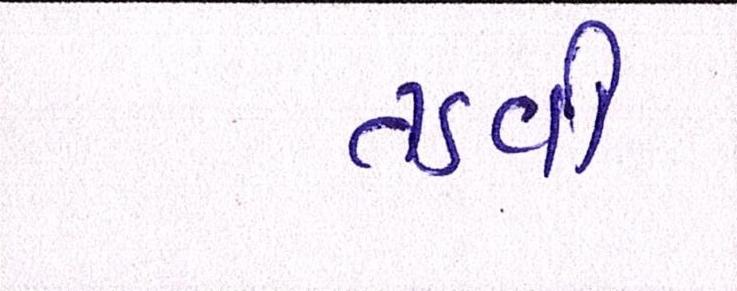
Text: તડવી